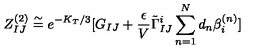
Z _ { I J } ^ { ( 2 ) } \stackrel { \sim } { = } e ^ { - K _ { T } / 3 } [ G _ { I J } + { \frac { \epsilon } { V } } \tilde { \Gamma } _ { I J } ^ { i } \sum _ { n = 1 } ^ { N } d _ { n } \beta _ { i } ^ { ( n ) } ]